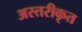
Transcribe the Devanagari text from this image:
अस्तरीकृत